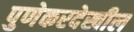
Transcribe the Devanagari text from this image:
पुणेकरदेखील